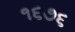
૧૬૭૬